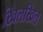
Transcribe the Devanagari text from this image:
खिलखिल